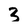
Character: 3